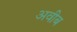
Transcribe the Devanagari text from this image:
अवीब